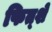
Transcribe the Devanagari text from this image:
फित्शे